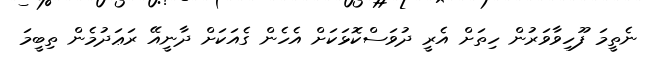
ނެތީމަ ފޫހިވާވަރުން ހިތަށް އެރީ ދުވަސްކޮޅަކަށް އެހެން ގެއަކަށް ދާނީއޭ ރަޢަދުމެން ތިބީމަ